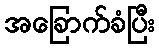
အခြောက်ခံပြီး